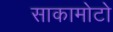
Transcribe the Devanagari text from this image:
साकामोटो